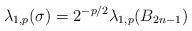
LaTeX: \begin{align*}\lambda_{1,p}(\sigma) = 2^{-p/2} \lambda_{1,p}(B_{2n-1})\end{align*}